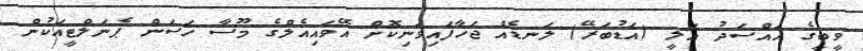
ވީބީގެ އައްސަދު އަލީ (އަޑުބަރޭ) ލަނޑެއް ޖަހާފައިވަނިކޮށް އޭވައިއެލްގެ މޫސާ ހަސަން ޕެނަލްޓީއަކުން